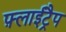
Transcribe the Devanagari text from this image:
फ़्लाईट्रैप